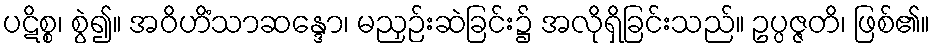
ပဋိစ္စ၊ စွဲ၍။ အဝိဟိံသာဆန္ဒော၊ မညှဉ်းဆဲခြင်း၌ အလိုရှိခြင်းသည်။ ဥပ္ပဇ္ဇတိ၊ ဖြစ်၏။